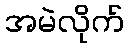
အမဲလိုက်